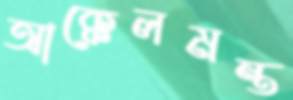
আক্কেলমন্ত